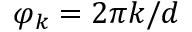
\varphi _ { k } = 2 \pi k / d